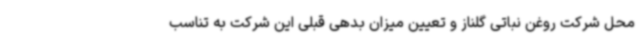
محل شرکت روغن نباتی گلناز و تعیین میزان بدهی قبلی این شرکت به تناسب